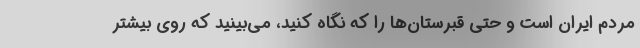
مردم ایران است و حتی قبرستان‌ها را که نگاه کنید، می‌بینید که روی بیشتر